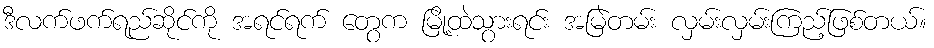
ဒီလက်ဖက်ရည်ဆိုင်ကို အရင်ရက် တွေက မြို့ထဲသွားရင်း အမြဲတမ်း လှမ်းလှမ်းကြည့်ဖြစ်တယ်။